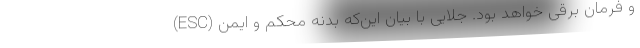
(ESC) و فرمان برقی خواهد بود. جلایی با بیان این‌که بدنه محکم و ایمن